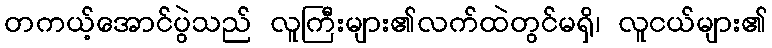
တကယ့်အောင်ပွဲသည် လူကြီးများ၏လက်ထဲတွင်မရှိ၊ လူငယ်များ၏